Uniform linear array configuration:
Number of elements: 8
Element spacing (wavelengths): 0.25
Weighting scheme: cosine
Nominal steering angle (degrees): -45
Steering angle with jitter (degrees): -44.272
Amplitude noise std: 0.05
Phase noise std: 0.05

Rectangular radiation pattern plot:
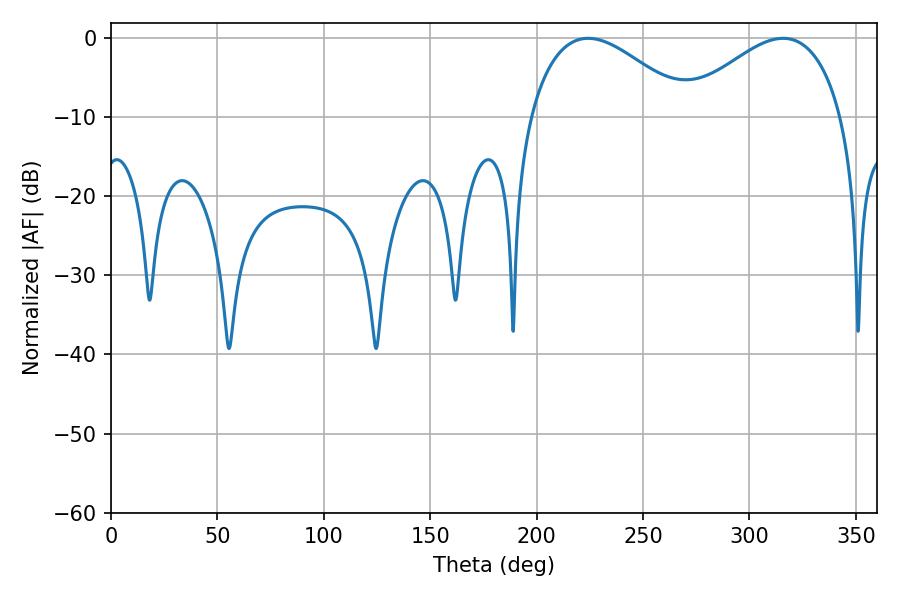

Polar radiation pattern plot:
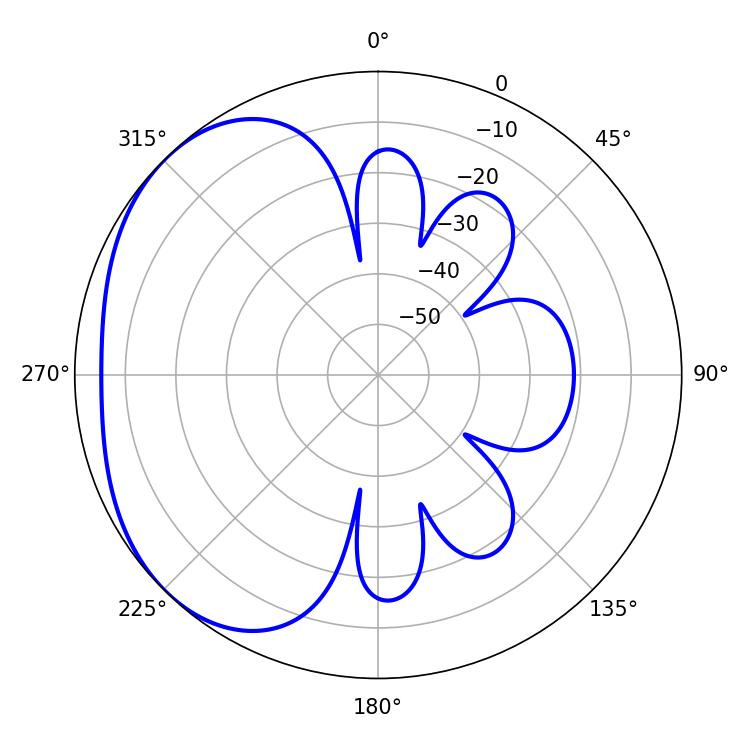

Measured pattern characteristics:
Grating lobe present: FALSE
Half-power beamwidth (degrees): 41.22
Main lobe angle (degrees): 224.28